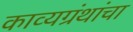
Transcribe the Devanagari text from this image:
काव्यग्रंथांचा